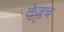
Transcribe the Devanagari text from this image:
तेजच